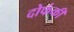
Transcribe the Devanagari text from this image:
दोफंकी